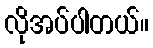
လိုအပ်ပါတယ်။